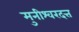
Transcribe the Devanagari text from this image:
मुनीश्वरदत्त